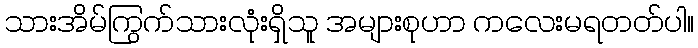
သားအိမ်ကြွက်သားလုံးရှိသူ အများစုဟာ ကလေးမရတတ်ပါ။